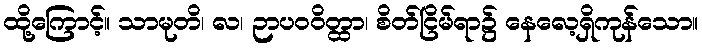
ထို့ကြောင့်။ သာမုတိ၊ လ၊ ဉာပဝဝိတ္ထာ၊ စိတ်ငြိမ်ရာ၌ နေလေ့ရှိကုန်သော။